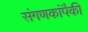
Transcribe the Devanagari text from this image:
संगणकांपैकी